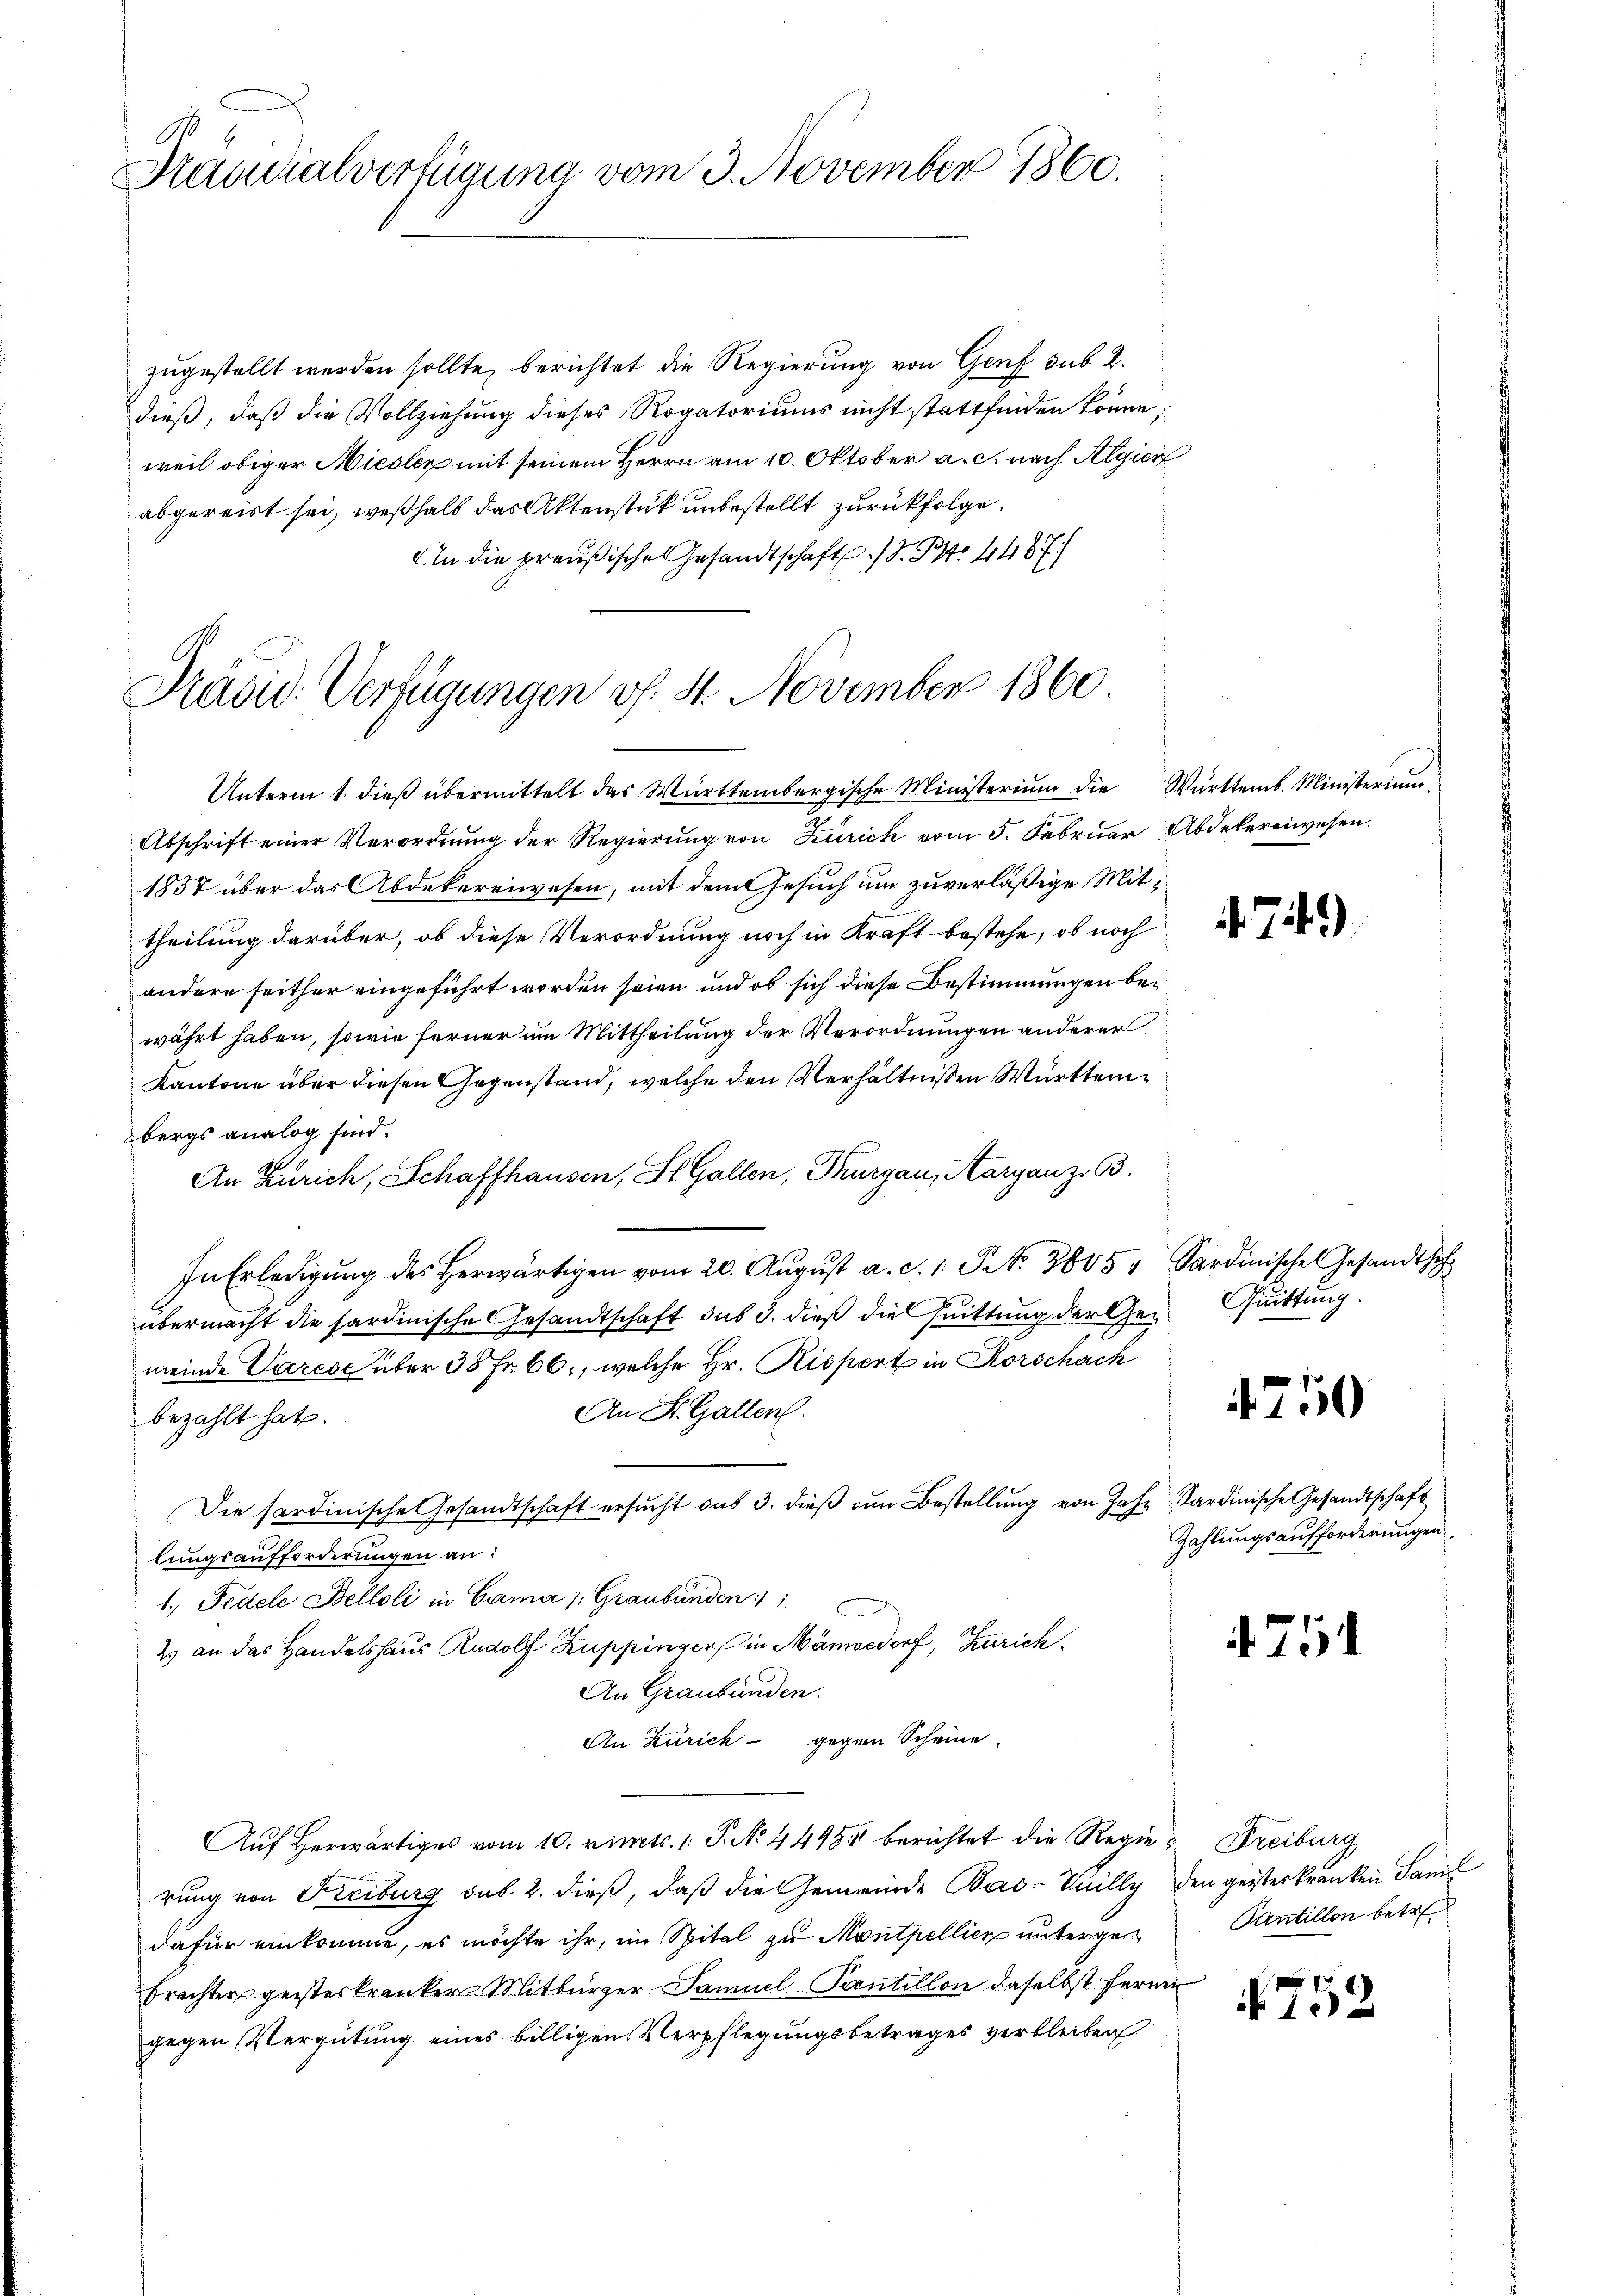
.
Kaudialverfügung vom 3. November 1860.

zugestellt werden sollte, berichtet die Regierung von Genf sub 2.
dieß, daß die Vollziehung dieses Rogatoriums nicht stattfinden könne,
weil obiger Niesler mit seinem Herrn am 10. Oktober a. c. nach Algier
abgereist sei, weßhalb das Aktenstück unbestellt zurückfolge.
An die preußische Gesandtschaft S. B. 4487.
Unterm 1. dieβ übermittelt das Württembergische Ministerium die Württemb. Ministerium
Abschrift einer Verordnŭng der Regierŭng von Zürich vom 5. Febrŭar Abdekereiwesen.
1857 über das Abdekereiwesen, mit dem Gesuch um zuverläßige Mittheilung darüber, ob diese Verordnung noch in Kraft bestehe, ob noch
andere seither eingeführt worden seien und ob sich diese Bestimmungen bewährt haben, sowie ferner um Mittheilung der Verordnungen anderer
Kantone über diesen Gegenstand, welche den Verhältnissen Württembergs analog sind.
An Zürich, Schaffhausen, St. Gallen, Thurgau, Aarganz. B.
In Erledigŭng des herwärtigen vom 20. Aŭgŭst a. c. 1. S. 3805. Sardinisches Gesandtsch
übermacht die sardinische Gesandtschaft sub 3. dieß die Quittung der Gemeinde Varese über 35 Fr. 66, welche Hr. Rispert in Rorschach
An St. Gallen.
bezahlt hat.
Die sardinische Gesandtschaft ersucht aus 3. dieß den Bestellung von Jahr Sardinische Gesandtschaft
lungsaufforderungen an:
1. Pedele Belloli in Cama /: Graubünden 1
2 an das Handelshaus Rudolf Kuppinger in Männedorf, Zürich.
An Graubünden.
An Zürich gegen Scheine
Auf Herwärtiges vom 10. rimts. 1. P. No. 4495 berichtet die Regie-Freiburg
rung von Freiburg sub 2. dieß, daß die Gemeinde Bad- Vuilly den geister kränken Saml
dafür einkomme, es möchte ihr, im Spital zu Montpellien untergebrachter geisteskranker Mitbürger Samuel Scontillon daselbst ferner
gegen Vergütung eines billigen Verpflegungsbetrages verbleiben

Präsid. Verfügungen v. 4. November 1860

749)

Quittung.

4750

Zahlungsaufforderungen

751

Pantillon betr.

.752